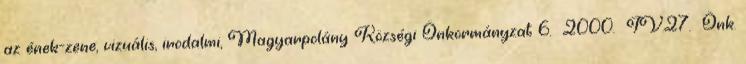
az ének-zene, vizuális, irodalmi, Magyarpolány Községi Önkormányzat 6. 2000. IV.27. Önk.